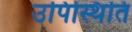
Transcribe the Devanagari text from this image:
उपिस्थिति